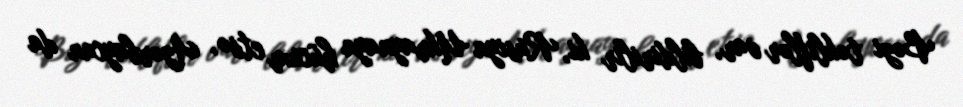
Bəzi təkliflər var, bildirilir ki, Rusiya Ukraynaya hücum etsə, Azərbaycan da